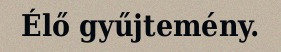
Élő gyűjtemény.